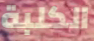
الكلبة